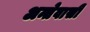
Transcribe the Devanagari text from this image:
अन्तेवासी